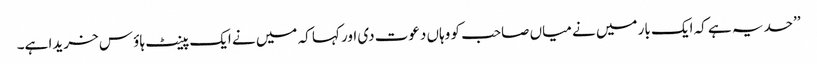
’’حد یہ ہے کہ ایک بار میں نے میاں صاحب کو وہاں دعوت دی اور کہا کہ میں نے ایک پینٹ ہاؤ س خریدا ہے۔